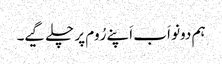
ہم دونو اَب اَپنے رُوم پر چلے گیے۔